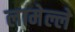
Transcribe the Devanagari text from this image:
लामेल्ले